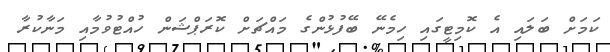
ކަމަށް ބަލައި އެ ކޮމިޓީގައި ހިމެނޭ ބޭފުޅުންގެ މައްޗަށް ކޮރަޕްޝަން ހުއްޓުވުމާއި މަނާކުރާ